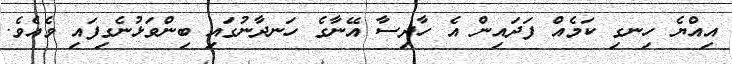
އިއްޔެ ހިނގި ކަމެއް ފަދައިން އެ ހާދިސާ އޭނާގެ ހަނދާނުގައި ބިންވަޅުނެގިފައި ވެއެވެ.